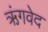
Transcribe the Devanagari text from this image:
ऋंगवेद